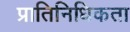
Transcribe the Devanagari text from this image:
प्रातिनिधिकता